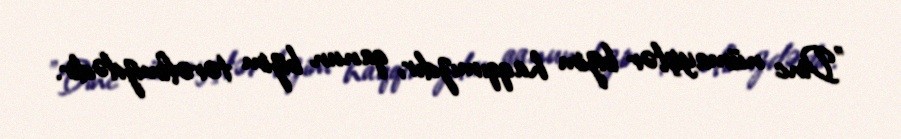
"Dinc nümayişlər bizim haqqımızdır, qanun bizim tərəfimizdədir.